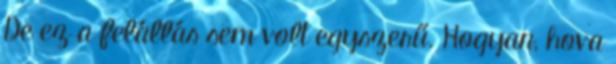
De ez a felállás sem volt egyszerű. Hogyan, hova